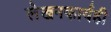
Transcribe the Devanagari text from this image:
लेखनकार्यही